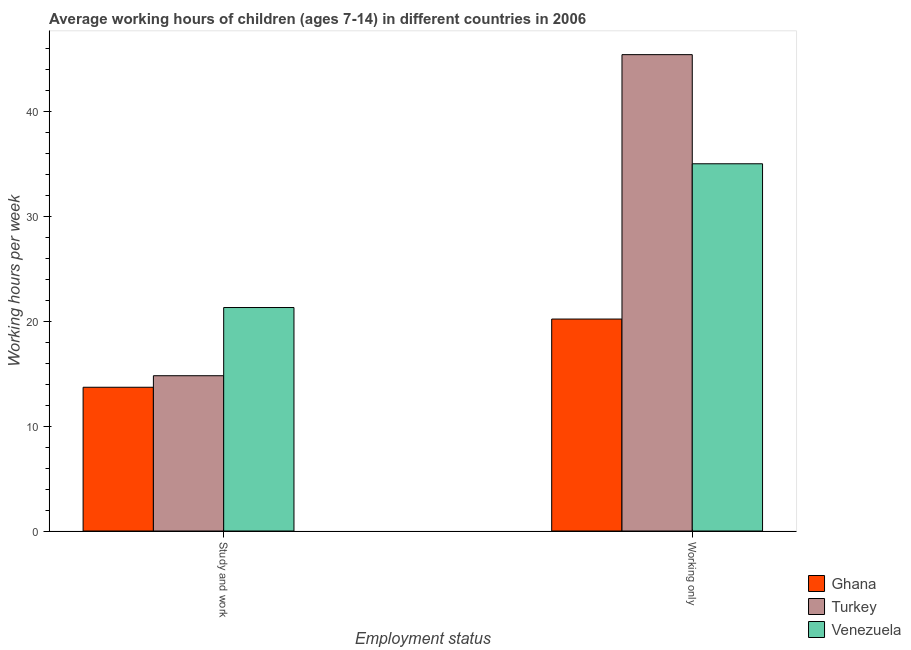
| Employment status | Ghana | Turkey | Venezuela |
 | --- | --- | --- | --- |
 | Study and work | 13.7 | 14.8 | 21.3 |
 | Working only | 20.2 | 45.4 | 35 |